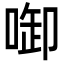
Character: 啣